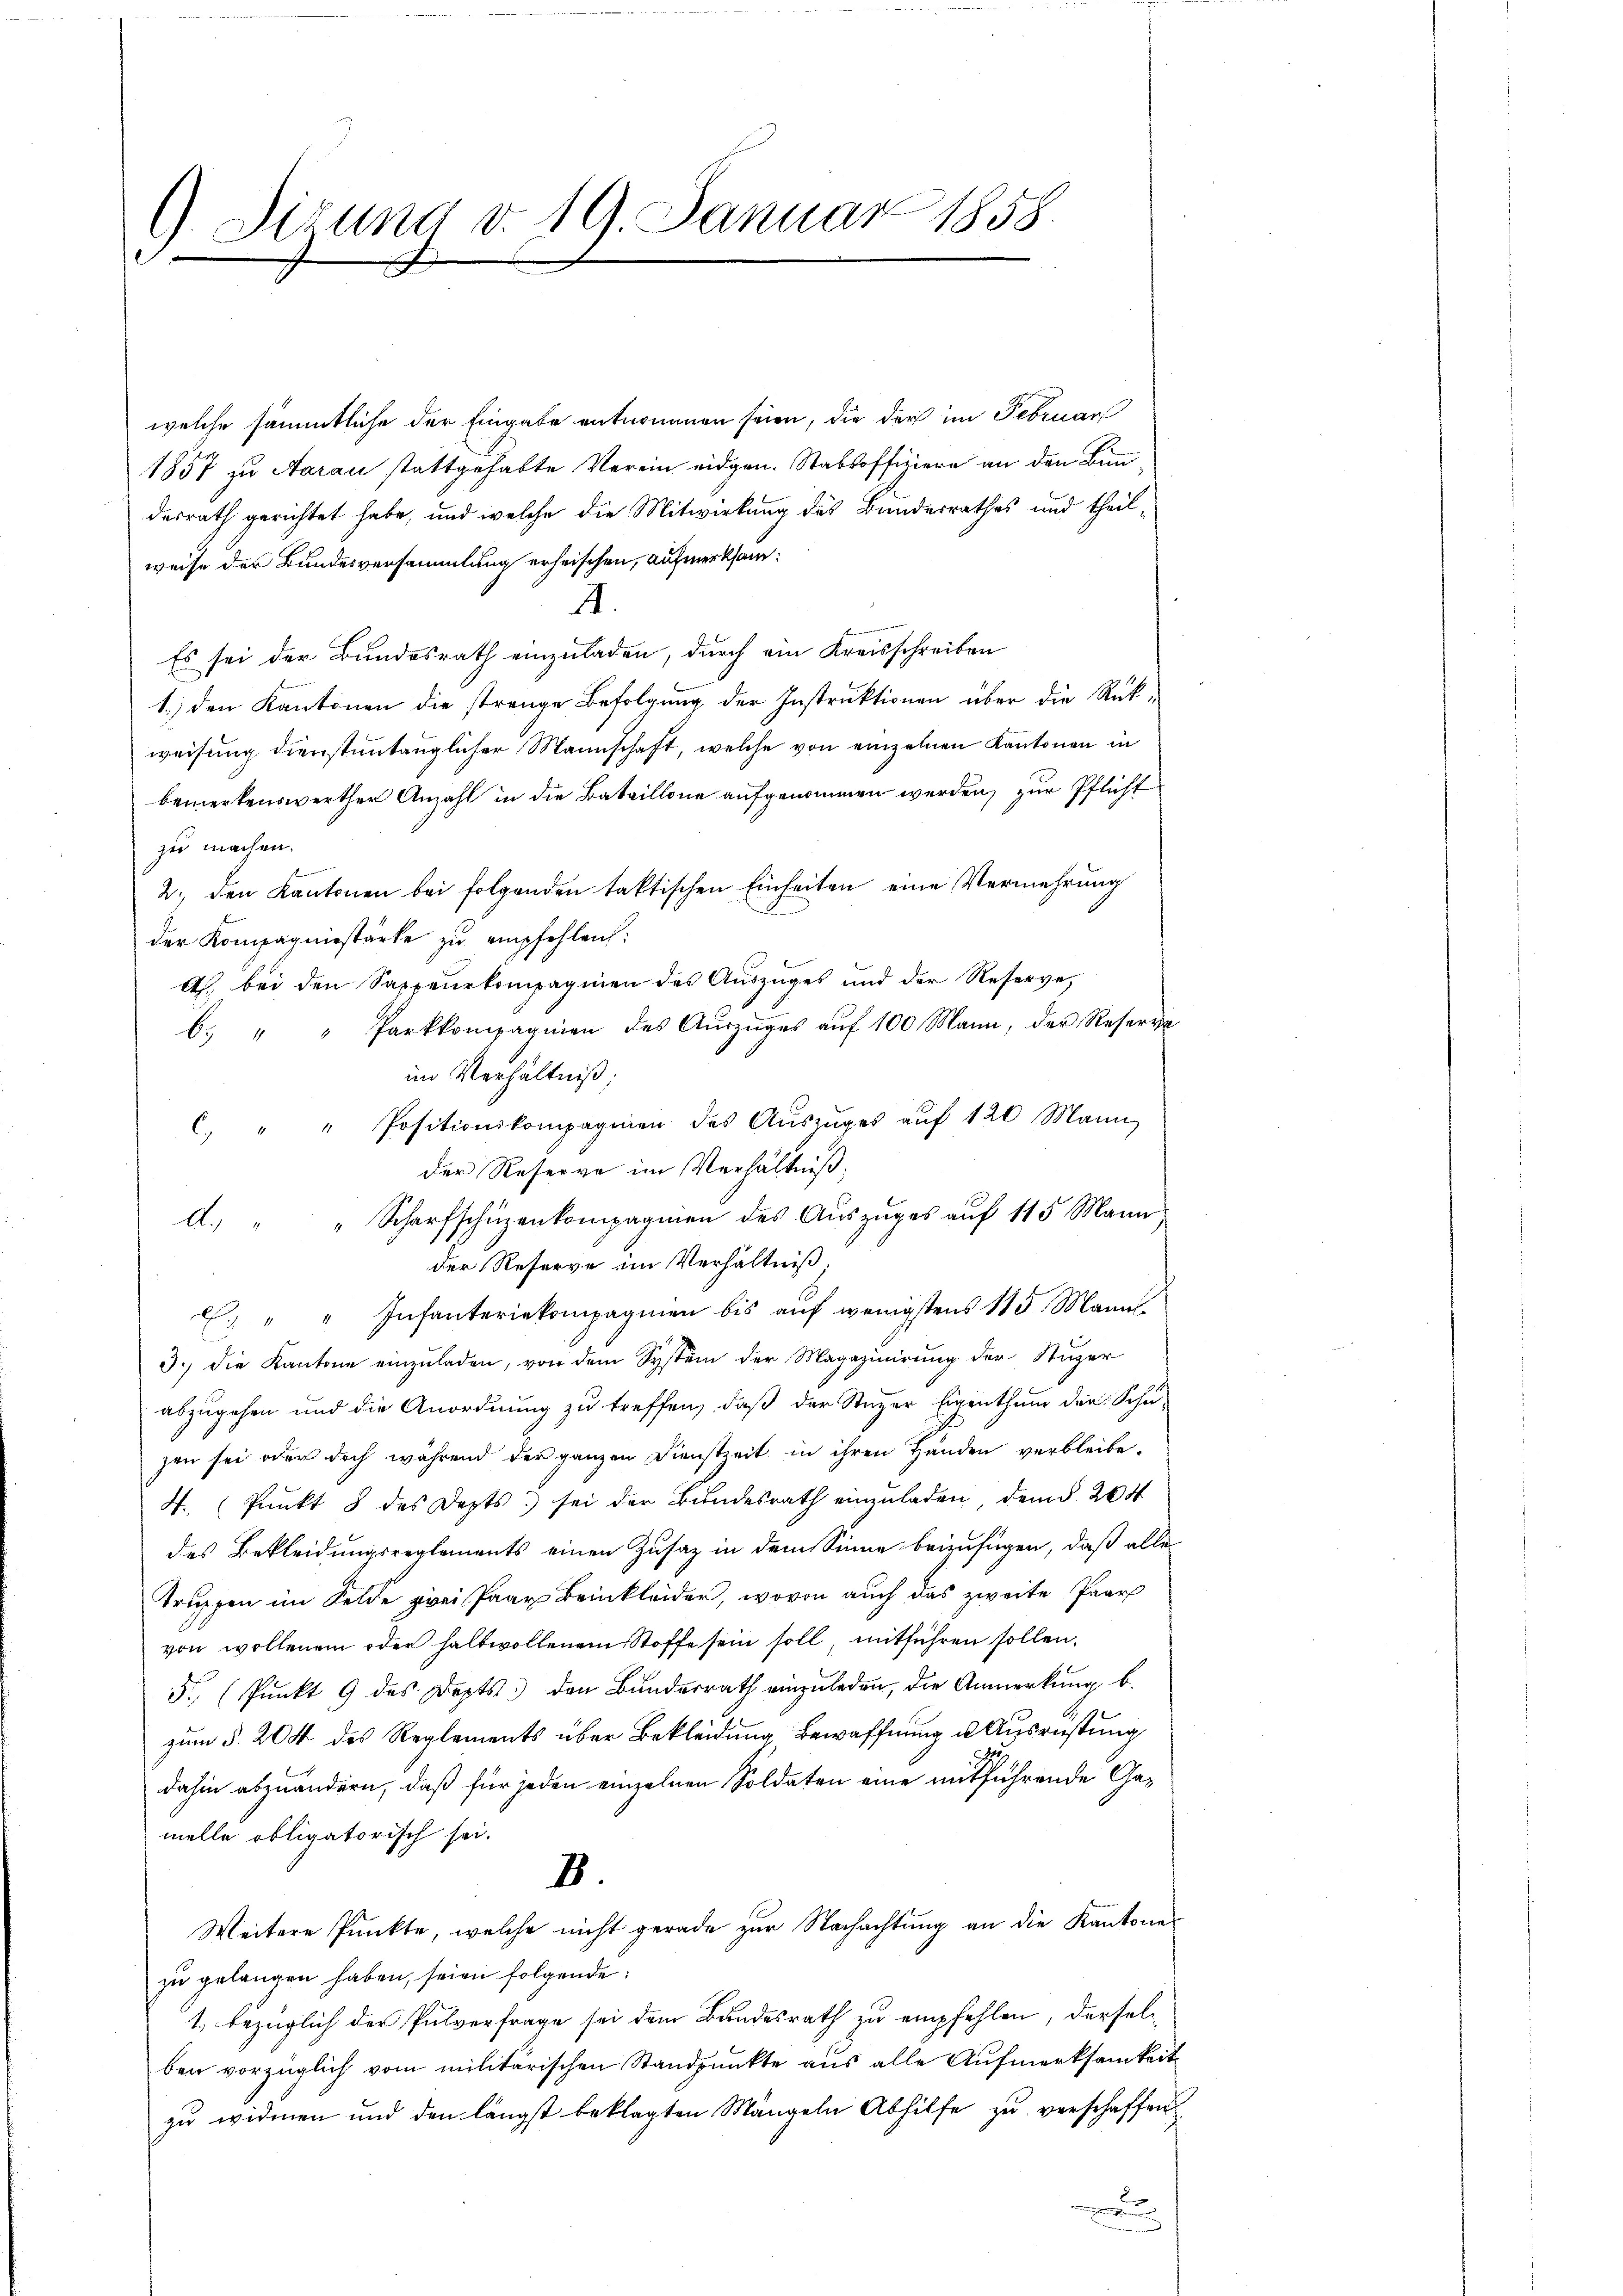
9. Sirung d. 19. Januar 1858.
e

welche sämmtliche der Eingabe entnommen seien, die der im Februar
1857 zu Aarau stattgehabte Verein eidgen. Stabsoffiziere an den Bi
desrath gerichtet habe, und welche die Mitwirkung des Bundesrathes und theilweise der Bundesversammlung erheischen, aufmerksam¬
I.
r
Es sei der Bundesrath einzuladen, durch ein Kreisschreiben
1.) den Kantonen die strenge Befolgung der Instruktionen über die Rükweisung dienstantänglicher Mannschaft, welche von einzelnen Kantonen in
bemerkenswerther Anzahl in die Bataillone aufgenommen werden, zur Pflicht
zu machen.
2. den Kantonen bei folgenden taktischen Einheiten eine Vermehrung
der Kompagniestärke zu empfehlen:
4. bei den Sappeurkompagnien des Auszuges und der Reserve,
Parkkompagnien des Auszuges auf 100 Mann, der Reserve
b
im Verhältniß;
C. " " Positionskompagnien des Aŭszŭges aŭf 120 Mann
der Reserve im Verhältniß,
A.) " " Scharfschüzenkompagnien des Auszuges auf 115 Mann
der Reserve im Verhältniß.
E. " " Infanteriekompagnien bis auf wenigstens 115 Manns¬
3.) die Kantone einzuladen, von dem System der Magazinirung der Stuzer
abzugehen und die Anordnung zu treffen, daß der Stuzer Eigenthum der Schu-
zen sei oder doch während der ganzen Dienstzeit in ihren Händen verbleibe-
4. Punkt 8 des Depts sei der Bundesrath einzŭladen dem §. 204
des Bekleidungsreglements einen Zusaz in dem Sinne beizufügen, daß alle
Truppen im Felde zwei Paar Beinkleider, wovon auch das zweite Paar
von wollenem oder halbwollenem Stoffe sein soll, mitführen sollen.
5 (Punkt 9 des Depts. den Bundesrath einzŭladen, die Anmerkung b.
zum §. 204 des Reglements über Bekleidung bewaffnung u. Ausrüstung
dahin abzuändern, daß für jeden einzelnen Soldaten eine mitführende Gamelle obligatorisch sei.
2.
Weitere Punkte, welche nicht gerade zur Nachachtung an die Kantone
zu gelangen haben, seien folgende:
1. bezüglich der Pulverfrage sei dem Bundesrath zu empfehlen, dersel
ben vorzüglich vom militärischen Standpunkte aus alle Aufmerksamkeit
zu widmen und den längst beklagten Mängeln Abhilfe zu verschaffen
e